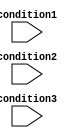
module parallel_case_statement(
    input wire condition1,
    input wire condition2,
    input wire condition3
);

always @* begin
    case({condition1, condition2, condition3})
        3'b001: begin
            // Code block for condition 1
        end
        3'b010: begin
            // Code block for condition 2
        end
        3'b011: begin
            // Code block for condition 3
        end
        // Add more conditions as needed
        default: begin
            // Default code block
        end
    endcase
end

endmodule